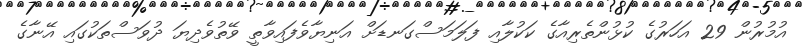
އުމުރުން 29 އަހަރުގެ ކުޅުންތެރިއާގެ ކަކުލާއި ފަލަމަސްގަނޑަށް އަނިޔާވެފައިވާތީ ވޭތުވެދިޔަ ދުވަސްތަކުގައި އޭނާގެ